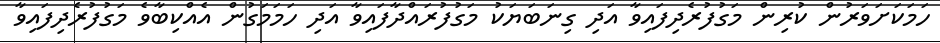
ހަމަކަށަވަރުން ކުރިން މަގުފުރެދިފައިވާ އަދި ގިނަބަޔަކު މަގުފުރައްދާފައިވާ އަދި ހަމަމަގުން އެއްކިބާވެ މަގުފުރެދިފައިވާ